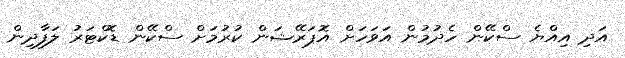
އަދި އިއްޔެ ސްކޭން ހެދުމުން އަވަހަށް އޮޕަރޭޝަން ކުރުމަށް ސްކޭން ޑޮކްޓަރު ލަފާދިން